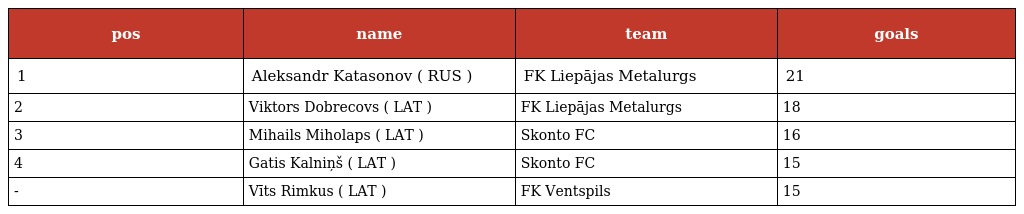
| pos | name | team | goals |
 | --- | --- | --- | --- |
 | 1 | Aleksandr Katasonov ( RUS ) | FK Liepājas Metalurgs | 21 |
 | 2 | Viktors Dobrecovs ( LAT ) | FK Liepājas Metalurgs | 18 |
 | 3 | Mihails Miholaps ( LAT ) | Skonto FC | 16 |
 | 4 | Gatis Kalniņš ( LAT ) | Skonto FC | 15 |
 | - | Vīts Rimkus ( LAT ) | FK Ventspils | 15 |